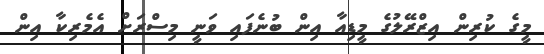
މީގެ ކުރިން އިޒްރޭލުގެ މީޑިއާ އިން ބުނެފައި ވަނީ މިސްރަށް އެމެރިކާ އިން